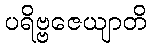
ပရိဗ္ဗဇေယျာတိ